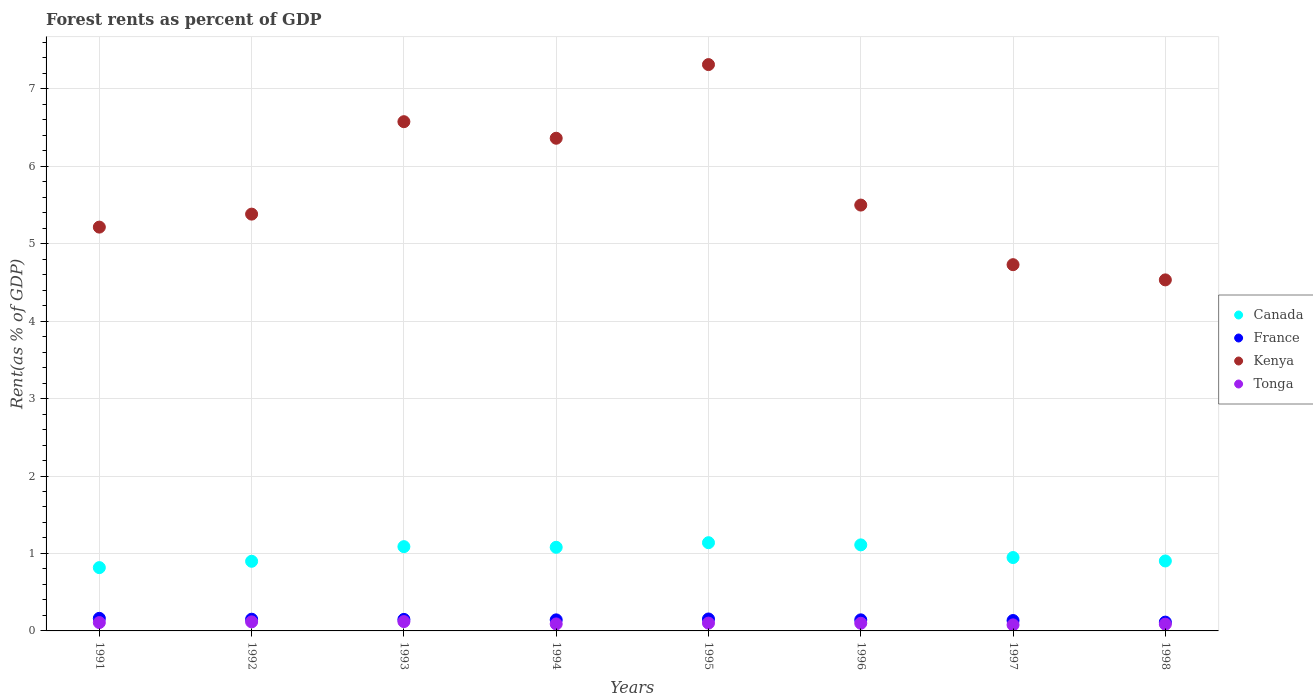
| Years | Canada | France | Kenya | Tonga |
 | --- | --- | --- | --- | --- |
 | 1991 | 0.817 | 0.163 | 5.21 | 0.108 |
 | 1992 | 0.899 | 0.151 | 5.38 | 0.117 |
 | 1993 | 1.09 | 0.149 | 6.57 | 0.12 |
 | 1994 | 1.08 | 0.143 | 6.36 | 0.0901 |
 | 1995 | 1.14 | 0.154 | 7.31 | 0.101 |
 | 1996 | 1.11 | 0.143 | 5.5 | 0.0989 |
 | 1997 | 0.947 | 0.134 | 4.73 | 0.078 |
 | 1998 | 0.903 | 0.114 | 4.53 | 0.0872 |